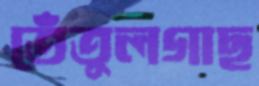
তেঁতুলগাছ